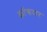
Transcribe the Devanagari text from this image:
झोंकदार